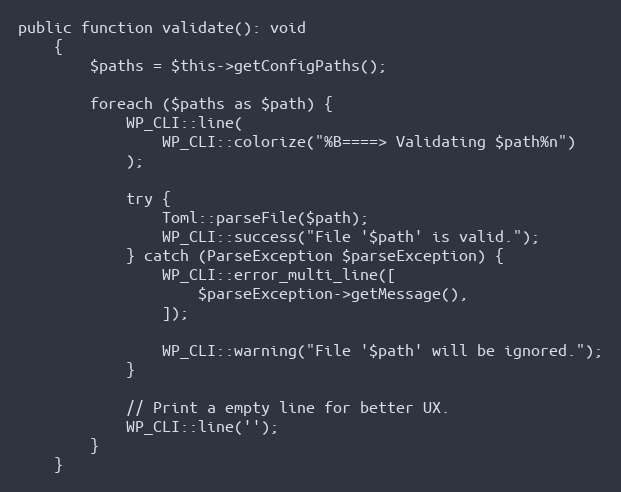
Language: PHP
public function validate(): void
    {
        $paths = $this->getConfigPaths();

        foreach ($paths as $path) {
            WP_CLI::line(
                WP_CLI::colorize("%B====> Validating $path%n")
            );

            try {
                Toml::parseFile($path);
                WP_CLI::success("File '$path' is valid.");
            } catch (ParseException $parseException) {
                WP_CLI::error_multi_line([
                    $parseException->getMessage(),
                ]);

                WP_CLI::warning("File '$path' will be ignored.");
            }

            // Print a empty line for better UX.
            WP_CLI::line('');
        }
    }